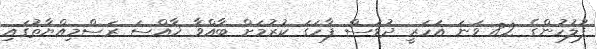
ފުލުހުންގެ 82 ވަނަ އަހަރީ ދުވަސް ފާހަގަ ކުރުމަށް ބާއްވާ ޚާއްސަ ރަސްމިއްޔާތުގައި